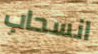
انسحاب